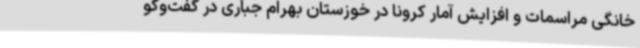
خانگی مراسمات و افزایش آمار کرونا در خوزستان بهرام جباری در گفت‌وگو